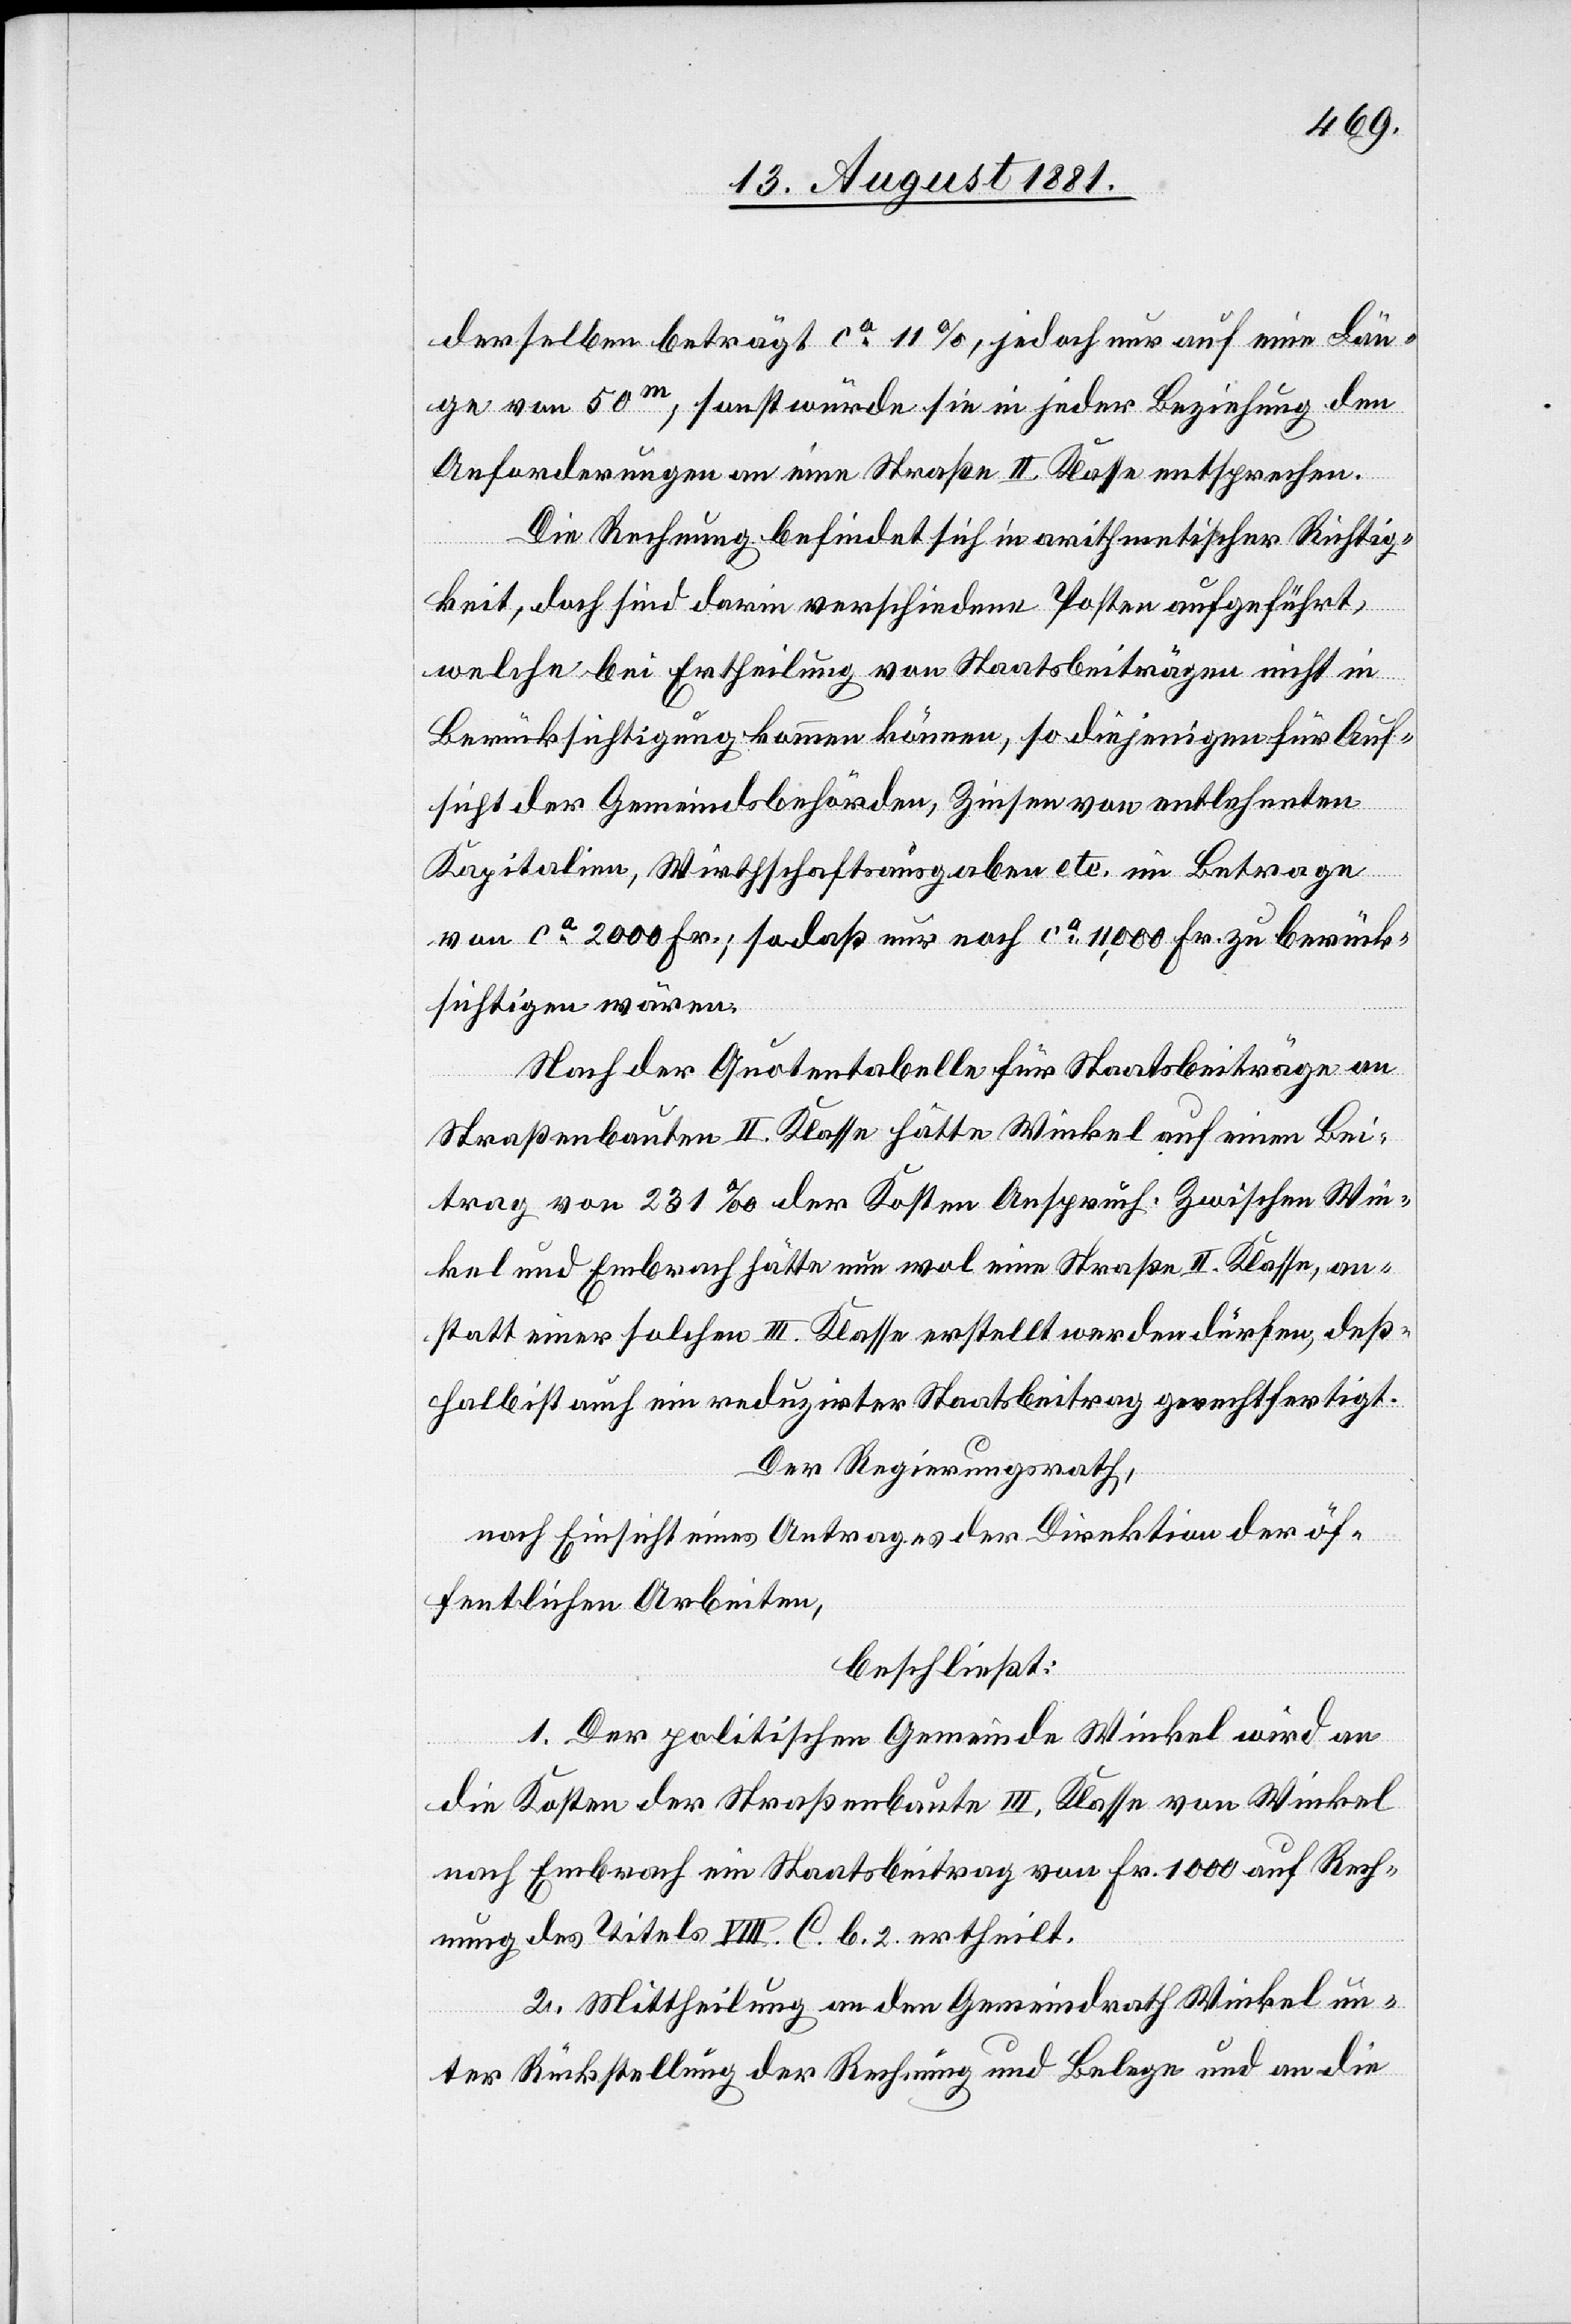
derselben beträgt ca 11%, jedoch nur auf eine Län¬
ge von 50m, sonst würde sie in jeder Beziehung den
Anforderungen an eine Straße II Klasse entsprechen.
Die Rechnung befindet sich in arithmetischer Richtig¬
keit, doch sind darin verschiedene Posten aufgeführt,
welche bei Ertheilung von Staatsbeiträgen nicht in
Berücksichtigung kommen können, so diejenigen für Auf¬
sicht der Gemeindsbehörden, Zinsen von entlehnnten
Kapitalien, Wirthschaftsausgaben etc. im Betrage
von ca 2000 Fr; sodaß nur noch ca 11,000 Fr. zu berück¬
sichtigen wären.
Nach der Quotentabelle für Staatsbeiträge an
Straßenbauten II. Klasse hätte Winkel auf einen Bei¬
trag von 231‰ der Kosten Anspruch. Zwischen Win¬
kel und Embrach hätte nun wol eine Straße II. Klasse, an¬
statt einer solchen III. Klasse erstellt werden dürfen, deß¬
halb ist auch ein reduzirter Staatsbeitrag gerechtfertigt.
der Regierungsrath,
nach Einsicht eines Antrages der Direktion der öf¬
fentlichen Arbeiten,
beschließt:
1. Der politischen Gemeinde Winkel wird an
die Kosten der Straßenbaute III. Klasse von Winkel
nach Embrach ein Staatsbeitrag von Fr. 1000 auf Rech¬
nung des Titels VIII C. b. 2. ertheilt.
2. Mittheilung an den Gemeindrath Winkel un¬
ter Rückstellung der Rechnung und Belege und an die